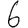
Digit: 6